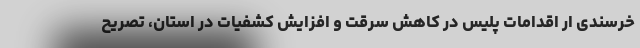
خرسندی ار اقدامات پلیس در کاهش سرقت و افزایش کشفیات در استان، تصریح